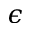
\epsilon